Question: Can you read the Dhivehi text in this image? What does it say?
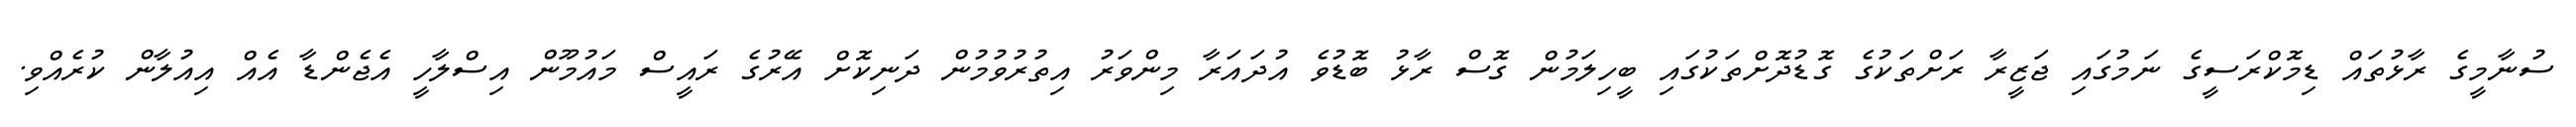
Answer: ސުނާމީގެ ރާޅުތައް ޑިމޮކްރަސީގެ ނަމުގައި ޖަޒީރާ ރަށްތަކުގެ ގޮޑުދޮށްތަކުގައި ބީހިލަމުން ގޮސް ރާޅު ބޮޑުވެ އުދައަރާ މިންވަރު އިތުރުވުމުން ދަނިކޮށް އޭރުގެ ރައީސް މައުމޫން އިސްލާހީ އެޖެންޑާ އެއް އިއުލާން ކުރެއްވި.